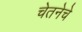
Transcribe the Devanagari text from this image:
चेतनेचे